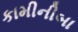
કામીનીબા